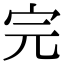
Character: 完